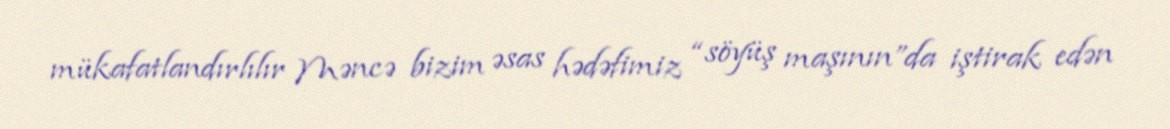
mükafatlandırlılır Məncə bizim əsas hədəfimiz “söyüş maşının”da iştirak edən